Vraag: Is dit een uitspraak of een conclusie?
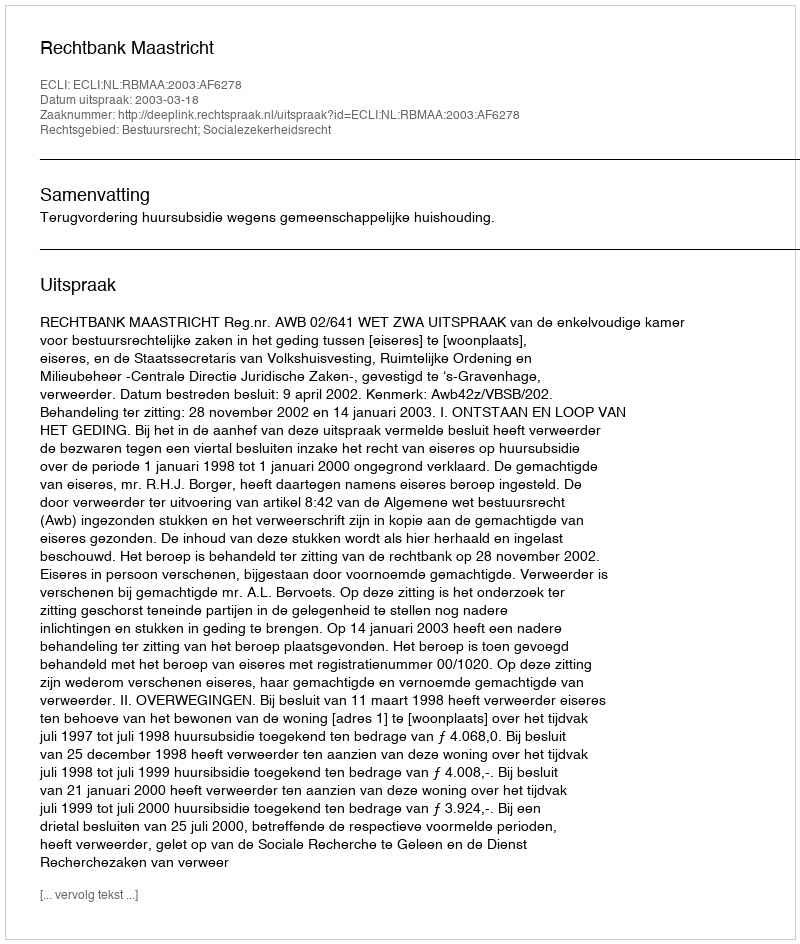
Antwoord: Uitspraak